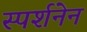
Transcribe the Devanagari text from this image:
स्पर्शनेन